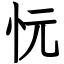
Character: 忨